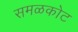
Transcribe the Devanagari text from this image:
समळकोट